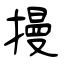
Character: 摱